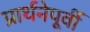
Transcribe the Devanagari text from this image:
प्रार्थनेपूर्वी